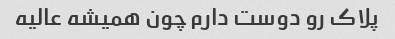
پلاک رو دوست دارم چون همیشه عالیه